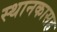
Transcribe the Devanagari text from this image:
स्थानकासह